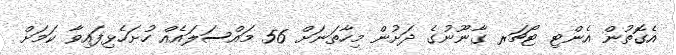
އެގޮތުން އެންޓި ޓޯޗަރ ގާނޫނުގެ ދަށުން މިހާތަނަށް 56 މައްސަލައެއް ހުށަހެޅިފައިވާ ކަމަށް